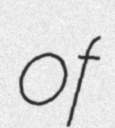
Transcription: of